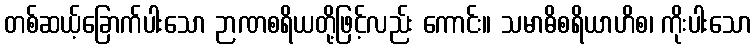
တစ်ဆယ့်ခြောက်ပါးသော ဉာဏစရိယတို့ဖြင့်လည်း ကောင်း။ သမာဓိစရိယာဟိစ၊ ကိုးပါးသော